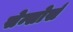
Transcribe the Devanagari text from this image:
सेन्सोर्स